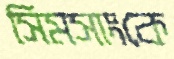
সিমসাংকে